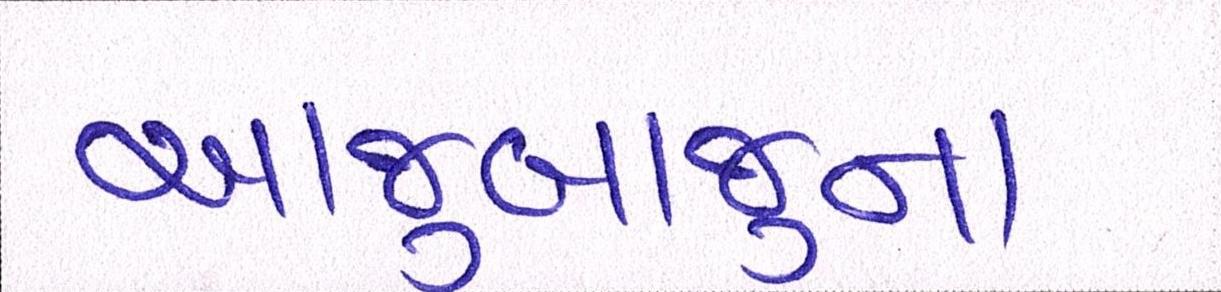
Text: આજુબાજુના